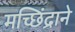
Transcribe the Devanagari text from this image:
मच्छिंद्राने